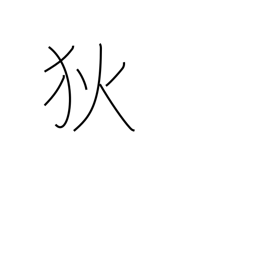
Meaning: barbarian